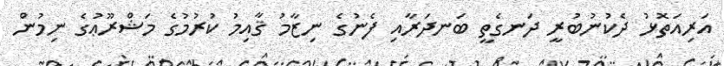
އަރިއަތޮޅު ދެކުނުބުރީ ދަނގެތީ ބަނދަރާއި ފެނުގެ ނިޒާމު ޤާއިމު ކުރުމުގެ މަޝްރޫޢުގެ ނިމުން